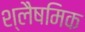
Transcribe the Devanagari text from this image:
श्लैषमिक